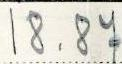
18.87